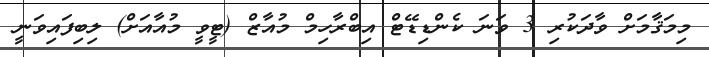
މިމަޤާމަށް ވާދަކުރި 3 ވަނަ ކެންޑިޑޭޓް އިބްރާހިމް މުއާޒް (ޓީވީ މުއާއަށް) ލިބިފައިވަނީ